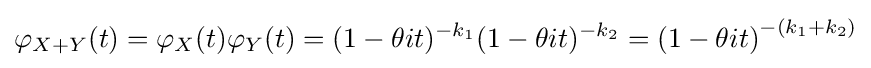
\varphi _{X+Y}(t)=\varphi _{X}(t)\varphi _{Y}(t)=(1-\theta it)^{-k_{1}}(1-\theta it)^{-k_{2}}=\left(1-\theta it\right)^{-(k_{1}+k_{2})}